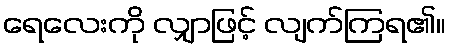
ရေလေးကို လျှာဖြင့် လျက်ကြရ၏။